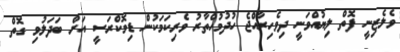
ވެލެޒިނީ ފޮތް ލިޔުއްވަނީ ދިވެހިރާއްޖެ ހުދުމުހްތާރު ވެރިކަމަކުން ޑިމޮކްރަސީ އަށް ބަދަލުވި ގޮތް